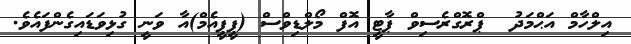
އިލްހާމް އަޙްމަދު  ޕްރޮގްރެސިވް ޕާޓީ އޮފް މޯލްޑިވްސް (ޕީޕީއެމް)އާ ވަނީ ގުޅިވަޑައިގެންފައެވެ.